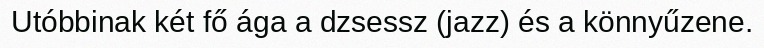
Utóbbinak két fő ága a dzsessz (jazz) és a könnyűzene.